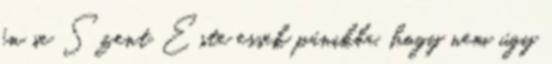
én se Szent Este essek pánikba, hogy nem úgy